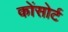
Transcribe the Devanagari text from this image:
कोंसोर्ट